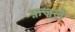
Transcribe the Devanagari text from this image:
फ़ज़ले